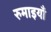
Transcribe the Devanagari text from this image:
रुमाइयाँ